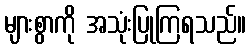
များစွာကို အသုံးပြုကြရသည်။